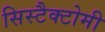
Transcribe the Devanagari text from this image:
सिस्टैक्टोमी